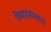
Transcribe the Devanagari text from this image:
विवाहसंस्थेचे